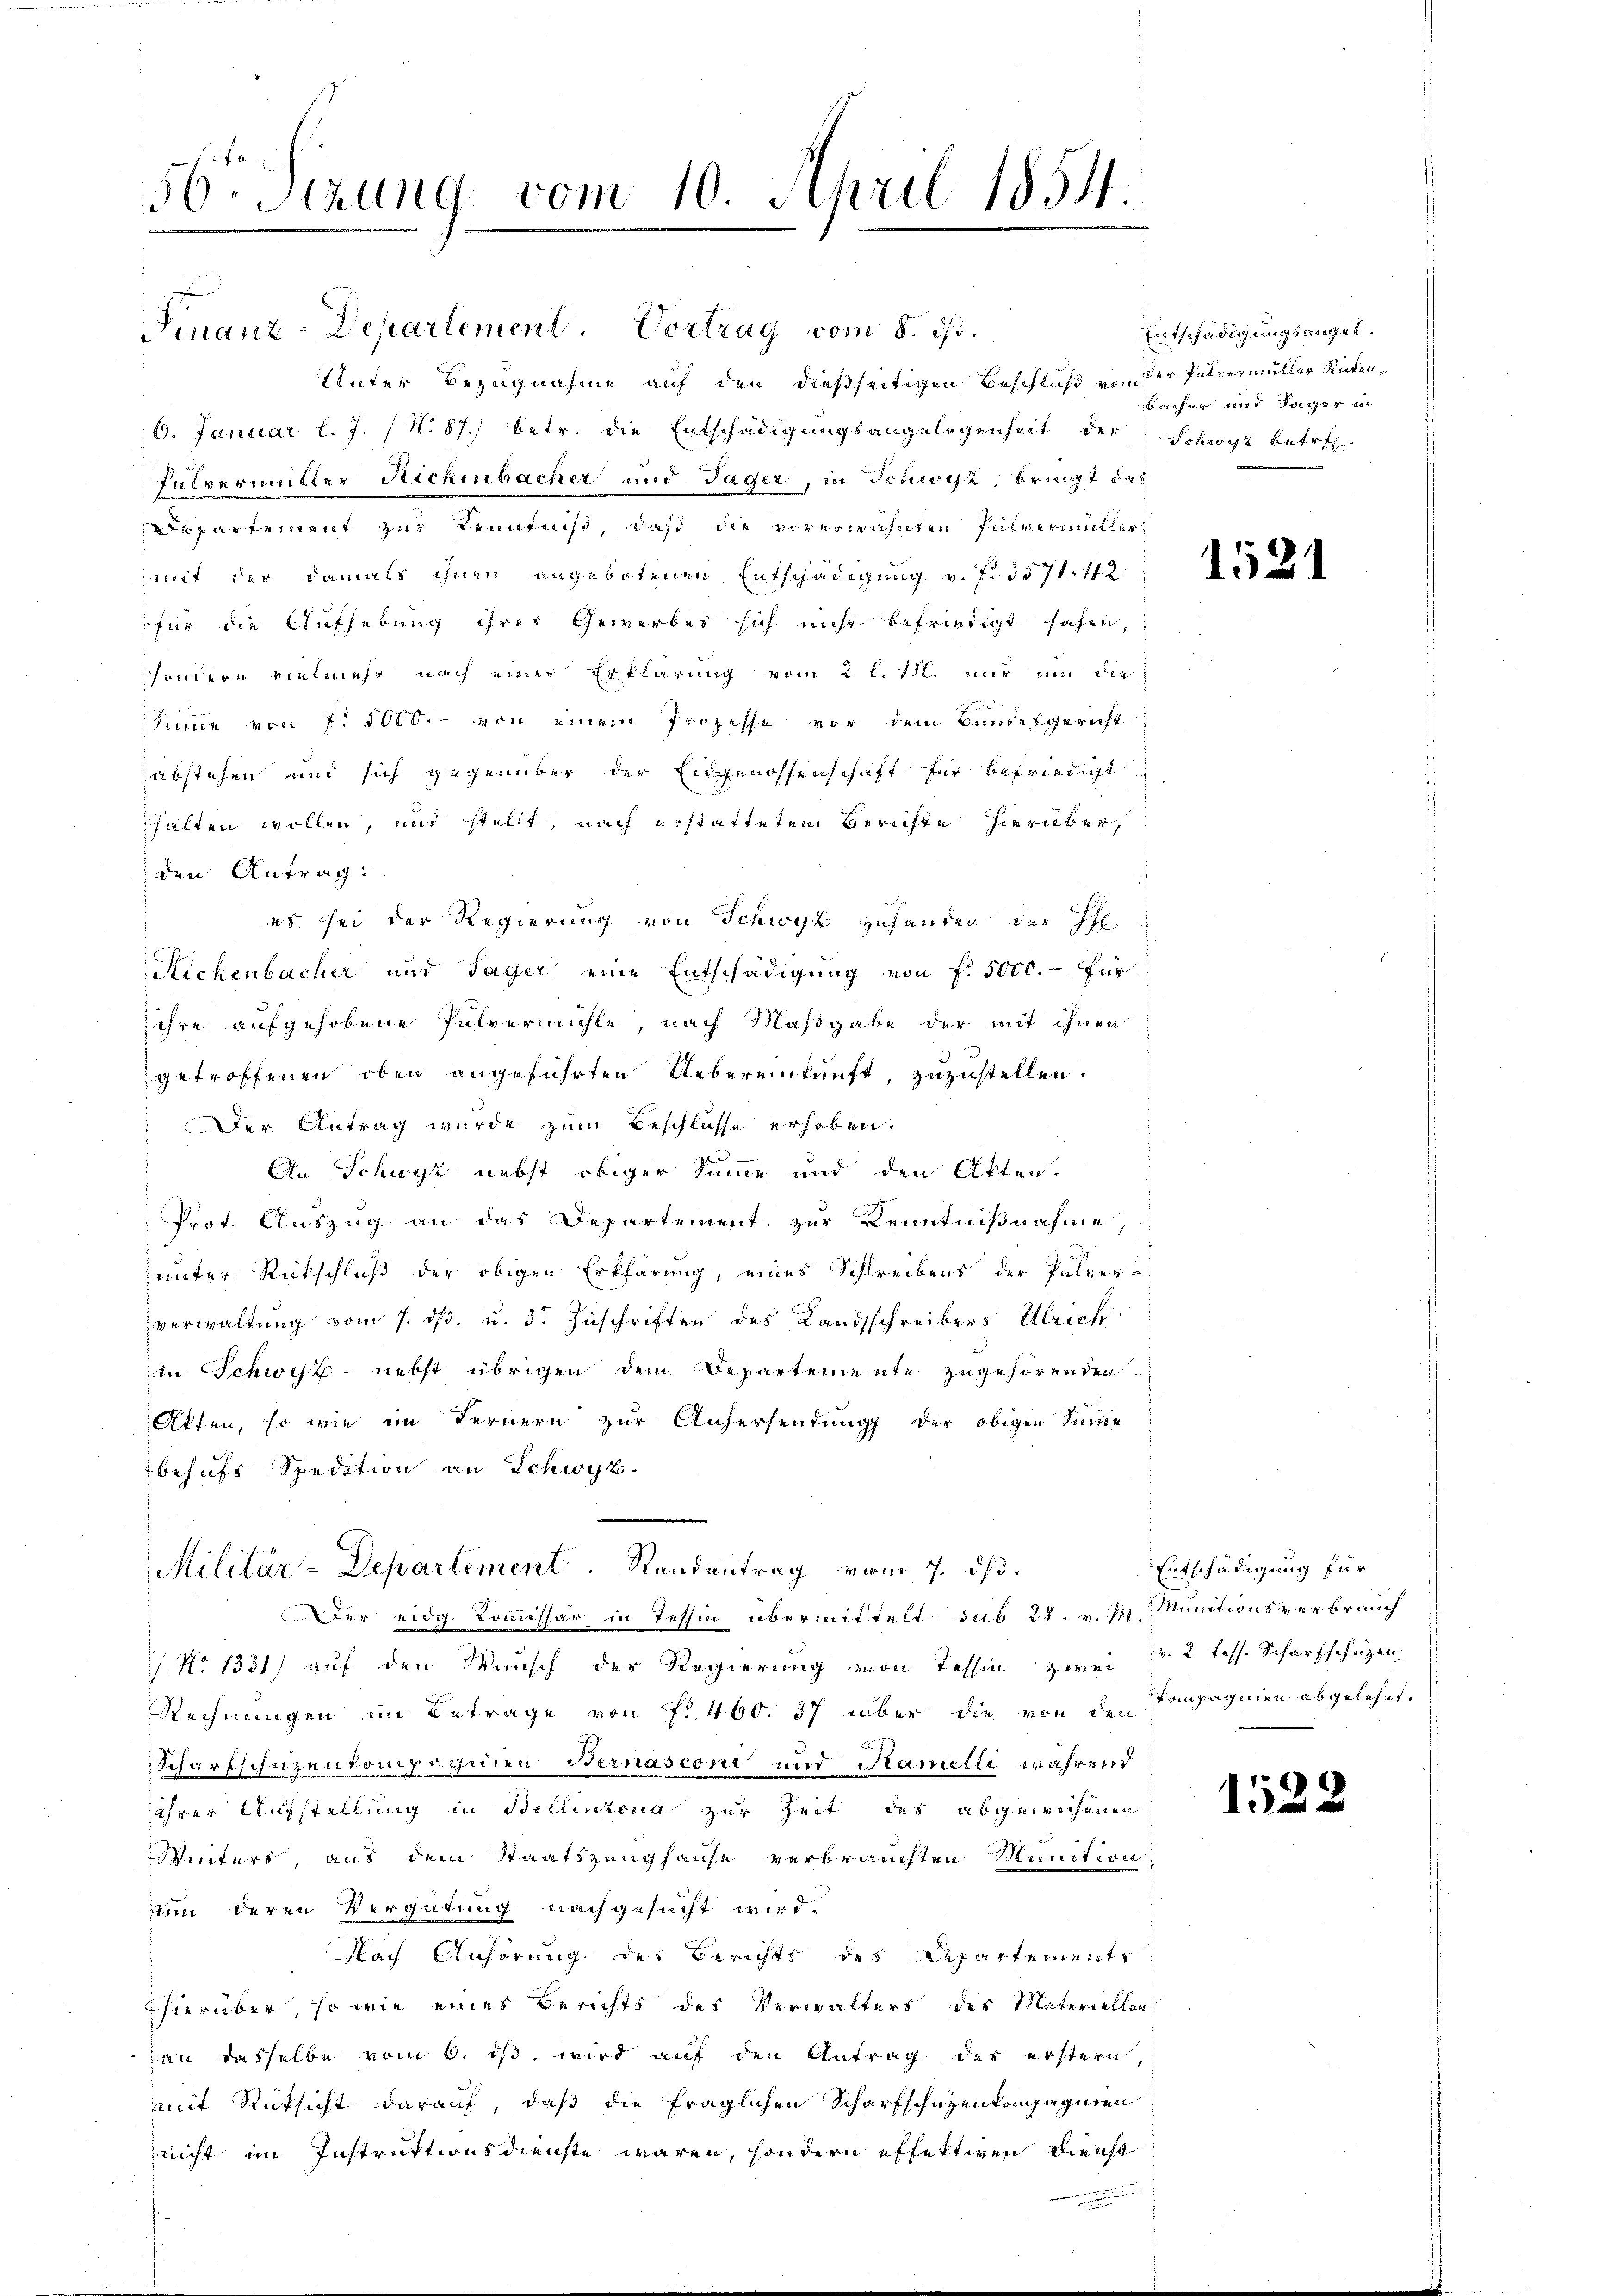
56. Sitzung vom 10. April 1854.
b

Finanz-Departement Vortrag vom 8. d.
Unter Bezugnahme auf den dießseitigen Beschluß von der Pulvermüller Raten¬
6. Januar l. J. (N. 87.) betr. die Entschädigungsangelegenheit der
Pulvermitter Rickenbacher und Jäger, in Schwyz bringt das
upartement zur Kenntnis, daß die vorerwähnten Pulvermüller
mit der damals ihnen angebotenen Entschädigung v. f. 3571. 172.
für die Aufhebung ihres Gewerbes sich nicht befriedigt sahen,
hindern vielmehr nach einer Erklärung vom 2 l. 15. nur um die
Sinne von 7. 1000.- von einem Prozesse vor dem Bundesgericht
abstehen und sich gegenüber der Eidgenossenschaft für befriedigt
halten wollen, und stellt, nach erstattetem Berichte hierüber,
den Antrag.
es sei der Regierung von Schwyz zuhanden der H
Richenbacher und Tager eine Entschädigung von fr. 5000.- für
ihre aufgehobene Pulvermühle, nach Maßgabe der mit ihnen
getroffenen oben angeführten Uebereinkunft, zuzustellen.
Der Antrag wurde zum Beschlüsse erhoben.

An Schwyz nebst obiger Summe und den Akten.
Prot. Auszug an das Departement zur Kenntnißnahme
unter Rückschluß der obigen Erklärung, eines Schreibens der Pulver-
verwaltung vom 7. ds. u. 3. Zuschriften des Landsschreibers Ulrich
in Schweiz - nebst übrigen den Departemente zugehörenden.
Atten, so wie im Fernern zur Anhersendung der obigen Sinne
behufs Spedition an Schwyz.
Militär-Departement. Randantrag vom 7. dß.
der eidg. Commissär in Tessin übermittelt sub 28. v. P. Munitionsverbrauch
1 No 1331) auf den Wunsch der Regierung von Tessin zwei
Rechnungen im Betrage von Fr. 460. 37 über die von den
Scharfschüzenkompachnen Bernasconi und Ramelli während
ihrer Aufstellung in Bellinzona zur Zeit des abgewichenen
Winters, aus dem Staatszeughause verbrauchten Munition,
uin deren Vergütung nachgesucht wird.
Flach Anhörung der Berichts des Repartements
hierüber, so wie eines Berichts des Verwalters des Materiellen
an dasselbe vom 6. ds wird auf den Antrag des erstern,
mit Rücksicht darauf, daß die fraglichen Scharfschutzenkompagnien
nicht im Instruktionsdienste waren, sondern effektiven Dienst

i

Entschädigungsangel.
Baifen und Säger in
Schwyz betre

1521

Entschädigung für
v. 2 fess. Scharfschuzen.
Kompagnien abgelehnt.

1522